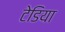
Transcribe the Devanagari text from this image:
टेडिया